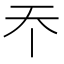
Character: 𡗘